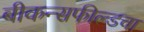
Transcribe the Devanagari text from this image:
बीकन्सफील्डचा